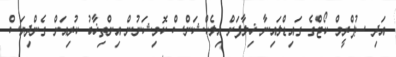
އަދި ސުޕްރީމް ކޯޓްގެ ގައިޑްލައިނާ ޚިލާފަށް އިލެކްޝަންސް ކޮމިޝަނުން އިންތިޚާބު ކުރިއަށް ގެންދިޔަސް